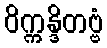
ဝိက္ကန္ဒိတဗ္ဗံ